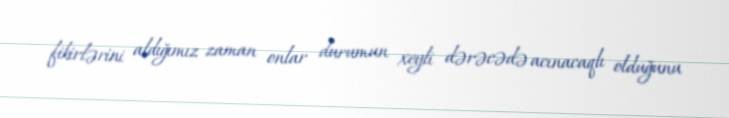
fikirlərini aldığımız zaman onlar durumun xeyli dərəcədə acınacaqlı olduğunu